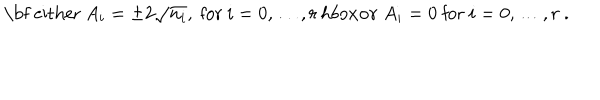
LaTeX: \mathrm { \bf ~ e i t h e r } \ A _ { i } = \pm 2 \sqrt { n _ { i } } , \ \mathrm { f o r } \ i = 0 , \dots , r \, h b o x { \bf o r } \ A _ { i } = 0 \ \mathrm { f o r } \ i = 0 , \dots , r \ .